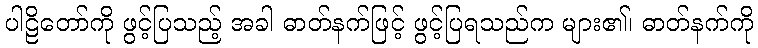
ပါဠိတော်ကို ဖွင့်ပြသည့် အခါ ဓာတ်နက်ဖြင့် ဖွင့်ပြရသည်က များ၏၊ ဓာတ်နက်ကို